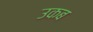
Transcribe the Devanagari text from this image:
उकब